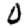
Digit: 0